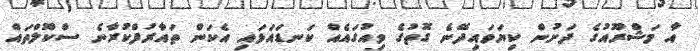
އާ މަޝްރޫއުގެ ދަށުން ކިޔަވައިދޭނެ ގޮތުގެ ވިއުގައެއް ކަނޑައަޅައި އެކަން ތައާރުފްކުރާނެ ސްކޫލްތައް